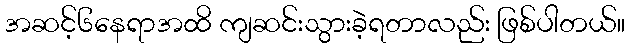
အဆင့်၆နေရာအထိ ကျဆင်းသွားခဲ့ရတာလည်း ဖြစ်ပါတယ်။